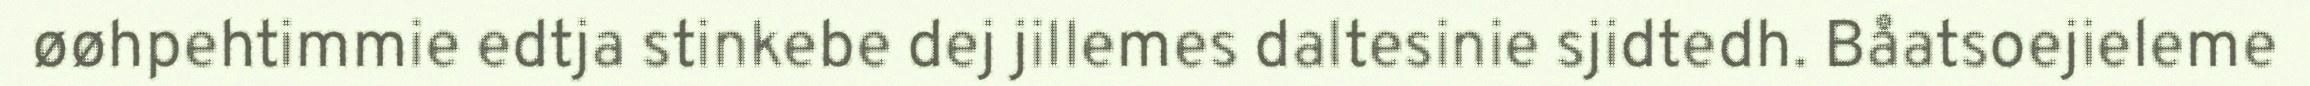
øøhpehtimmie edtja stinkebe dej jillemes daltesinie sjidtedh. Båatsoejieleme